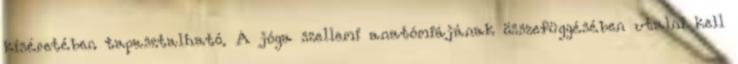
kíséretében tapasztalható. A jóga szellemi anatómiájának összefüggésében utalni kell